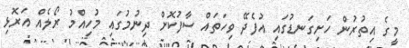
މީގެ އިތުރުން ހަށިގަނޑުގައި އުފެދޭ ވިހަތައް ސާފުކޮށް ދިނުމުގައި މުހިއްމު ރޯލެއް އަރޮޅި